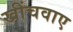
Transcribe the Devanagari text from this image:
खींचवाए